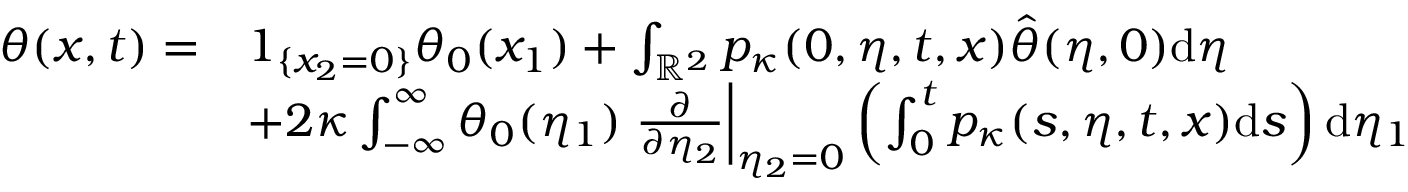
\begin{array} { r l } { \theta ( x , t ) = } & { 1 _ { \{ x _ { 2 } = 0 \} } \theta _ { 0 } ( x _ { 1 } ) + \int _ { \mathbb { R } ^ { 2 } } p _ { \kappa } ( 0 , \eta , t , x ) \hat { \theta } ( \eta , 0 ) \mathrm { d } \eta } \\ & { + 2 \kappa \int _ { - \infty } ^ { \infty } \theta _ { 0 } ( \eta _ { 1 } ) \left. \frac { \partial } { \partial \eta _ { 2 } } \right| _ { \eta _ { 2 } = 0 } \left( \int _ { 0 } ^ { t } p _ { \kappa } ( s , \eta , t , x ) \mathrm { d } s \right) \mathrm { d } \eta _ { 1 } } \end{array}